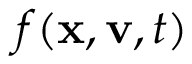
f ( \mathbf { x } , \mathbf { v } , t )